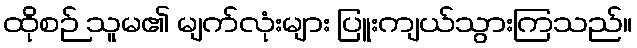
ထိုစဉ် သူမ၏ မျက်လုံးများ ပြူးကျယ်သွားကြသည်။